Malaria in India - Number 2
Disease focus: Malaria
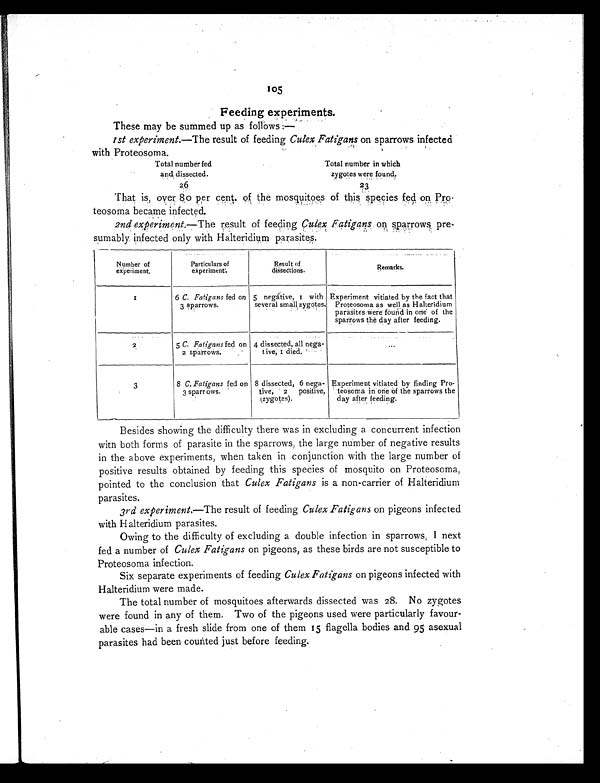
Total number fed
and, dissected.
26
Total number in which
zygotes were found.
23
105
Feeding experiments.
These may be summed up as follows:—
Ist experiment. —The result of feeding Culex Fatigans on sparrows infected
with Proteosoma.
That is, over 80 per cent. of the mosquitoes of this species fed on Pro
-teosoma became infected.
2nd experiment. —The result of feeding Culex Fatigans on sparrows pre
sumably infected only with Halteridium parasites.
Number of
ex periment,
Particulars of
experiment .
Result of
dissections.
Remarks.
1
6 C. Fatigans fed on
3 sparrows.
5 negátive, 1 with
several small zygotes.
Experiment vitiated by the fact that
Proteosoma as well as Halteridium
parasites Were found in one of the
sparrows the day after feeding.
2
5 C. Fatigans fed on
2 sparrows.
4 dissected, all nega-
tive, 1 died.
...
3
8 C. Fatigans fed on
3 sparrows.
8 dissected, 6 nega-
tive, 2 positive,
(zygotes).
Experiment vitiated by finding Pro-
teosoma in one of the sparrows the
day after feeding.
Besides showing the difficulty there was in excluding a concurrent infection
with both forms of parasite in the sparrows, the large number of negative results
in the above experiments, when taken in conjunction with the large number of
positive results obtained by feeding this species of mosquito on Proteosoma,
pointed to the conclusion that Culex Fatigans is a non-carrier of Halteridium
parasites.
3rd experiment. —The result of feeding Culex Fatigans on pigeons infected
with Halteridium parasites.
Owing to the difficulty of excluding a double infection in sparrows, I next
fed a number of Culex Fatigans on pigeons, as these birds are not susceptible to
Proteosoma infection.
Six separate experiments of feeding Culex Fatigans on pigeons infected with
Halteridium were made.
The total number of mosquitoes afterwards dissected was 28. No zygotes
were found in any of them. Two of the pigeons used were particularly favour
- a b l e c a s e s — i n a f r e s h s l i d e f r o m o n e o f t h e m 1 5 f l a g e l l a b o d i e s a n d 9 5 a s e x u a l
parasites had been counted just before feeding.